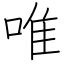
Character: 唯